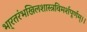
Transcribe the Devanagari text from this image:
भा्रतरंभखिलशास्त्रविमर्शपूर्णम्।।